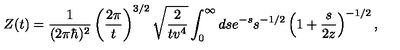
Z ( t ) = { \frac { 1 } { ( 2 \pi \hbar ) ^ { 2 } } } \left( { \frac { 2 \pi } { t } } \right) ^ { 3 / 2 } \sqrt { { \frac { 2 } { t v ^ { 4 } } } } \int _ { 0 } ^ { \infty } d s e ^ { - s } s ^ { - 1 / 2 } \left( 1 + { \frac { s } { 2 z } } \right) ^ { - 1 / 2 } ,